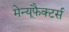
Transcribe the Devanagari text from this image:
मेन्यूफैक्टर्स